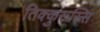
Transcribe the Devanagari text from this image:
तिक्कुरूस्सि